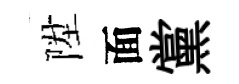
陞面黨